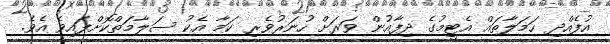
އުފެއްދި ހަމަލާތައް އެޓީމުގެ ދިފާއުން ވަރަށް ހުނަރުވެރި ކަމާ އެކު ސަލާމަތްކޮށްފައިވެ އެވެ.